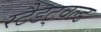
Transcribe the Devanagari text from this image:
स्टैडट्वल्ड